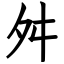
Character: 舛